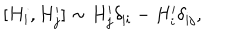
LaTeX: [ H _ { i } , H _ { j } ^ { \prime } ] \sim H _ { j } ^ { \prime } \delta _ { | i } - H _ { i } ^ { \prime } \delta _ { | j } ,